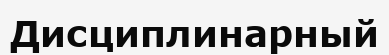
Дисциплинарный